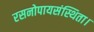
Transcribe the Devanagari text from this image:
रसनोपायसंस्थिता।